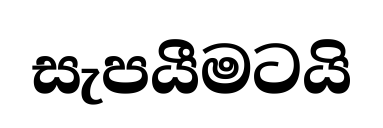
සැපයීමටයි